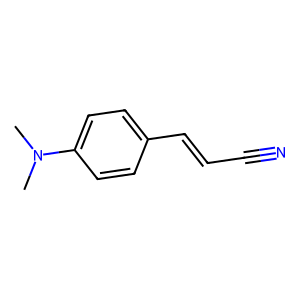
SMILES: CN(C)c1ccc(C=CC#N)cc1
Inhibits HIV replication: No